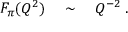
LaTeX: F _ { \pi } ( Q ^ { 2 } ) \quad \sim \quad Q ^ { - 2 } \; .